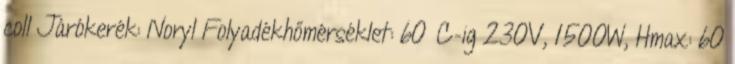
coll Járókerék: Noryl Folyadékhőmérséklet: 60°C-ig 230V, 1500W, Hmax: 60